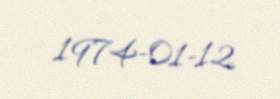
1974-01-12